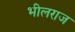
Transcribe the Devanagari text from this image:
भीलराज